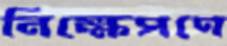
নিক্ষেপণে